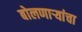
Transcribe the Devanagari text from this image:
बोलणाऱ्यांचा